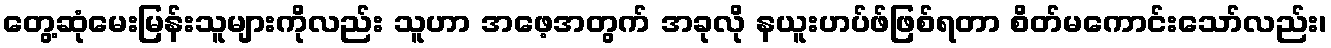
တွေ့ဆုံမေးမြန်းသူများကိုလည်း သူဟာ အဖေ့အတွက် အခုလို နယူးဟပ်ဖ်ဖြစ်ရတာ စိတ်မကောင်းသော်လည်း၊